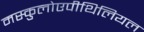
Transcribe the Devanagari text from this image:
मस्कुलोएपीथिलियल